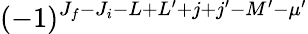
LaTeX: (-1)^{J_{f}-J_{i}-L+L^{\prime}+j+j^{\prime}-M^{\prime}-\mu^{\prime}}